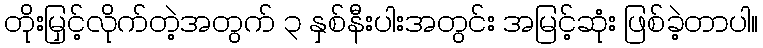
တိုးမြှင့်လိုက်တဲ့အတွက် ၃ နှစ်နီးပါးအတွင်း အမြင့်ဆုံး ဖြစ်ခဲ့တာပါ။